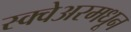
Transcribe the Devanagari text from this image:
स्क्वेअरमधून